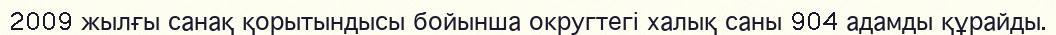
2009 жылғы санақ қорытындысы бойынша округтегі халық саны 904 адамды құрайды.